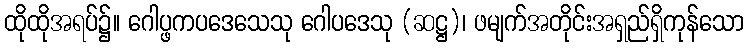
ထိုထိုအရပ်၌။ ဂေါပ္ဖကပဒေသေသု ဂေါပဒေသု (ဆဋ္ဌ)၊ ဖမျက်အတိုင်းအရှည်ရှိကုန်သော